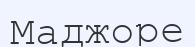
Маджоре